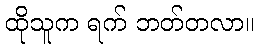
ထိုသူက ရက် ဘတ်တလာ။